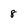
Character: 8